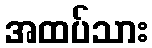
အထပ်သား